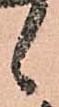
候